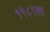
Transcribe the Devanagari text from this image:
१९८९ला